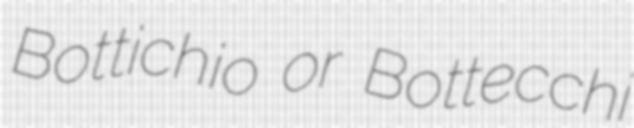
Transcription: Bottichio or Bottecchi